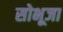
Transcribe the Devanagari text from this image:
सोभूजा